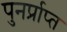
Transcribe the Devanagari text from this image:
पुनर्प्राप्‍त